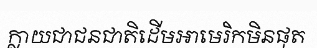
ក្លាយជាជនជាតិដើមអាមេរិកមិនផុត